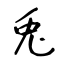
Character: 兎